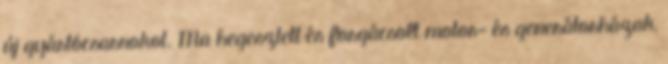
új gyártócsarnokot. Ma hegesztett és forgácsolt motor- és generátorházak,